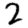
Digit: 2